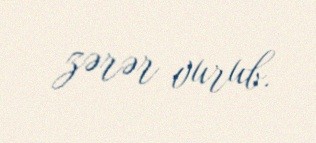
zərər vurub.